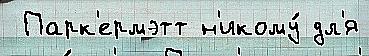
 Парк'ермэтт н'икому́ дл'я